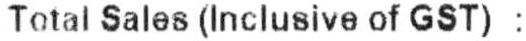
TOTAL SALES (INCLUSIVE OF GST) :